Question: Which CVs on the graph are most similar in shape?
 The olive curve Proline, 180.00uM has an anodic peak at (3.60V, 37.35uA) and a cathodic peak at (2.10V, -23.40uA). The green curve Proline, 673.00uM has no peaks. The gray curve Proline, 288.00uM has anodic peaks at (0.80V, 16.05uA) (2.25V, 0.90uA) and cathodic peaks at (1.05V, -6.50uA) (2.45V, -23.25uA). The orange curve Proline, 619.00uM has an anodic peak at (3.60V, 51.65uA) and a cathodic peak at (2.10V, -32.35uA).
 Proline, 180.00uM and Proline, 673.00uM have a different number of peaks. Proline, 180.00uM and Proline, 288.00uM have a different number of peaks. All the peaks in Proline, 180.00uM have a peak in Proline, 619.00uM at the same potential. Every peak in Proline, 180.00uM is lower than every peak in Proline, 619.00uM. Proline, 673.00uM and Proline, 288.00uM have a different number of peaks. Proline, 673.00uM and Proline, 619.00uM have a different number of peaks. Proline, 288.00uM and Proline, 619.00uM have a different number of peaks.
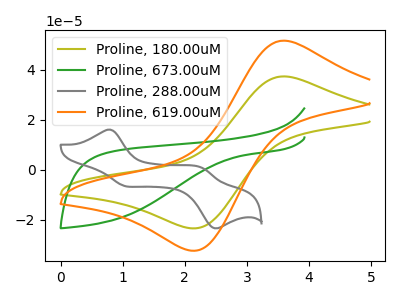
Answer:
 <answer>"Proline, 180.00uM" and "Proline, 619.00uM" have the same shape and are likely CV's of the same chemical.</answer>
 <eval>"Proline, 180.00uM" "Proline, 619.00uM"</eval>